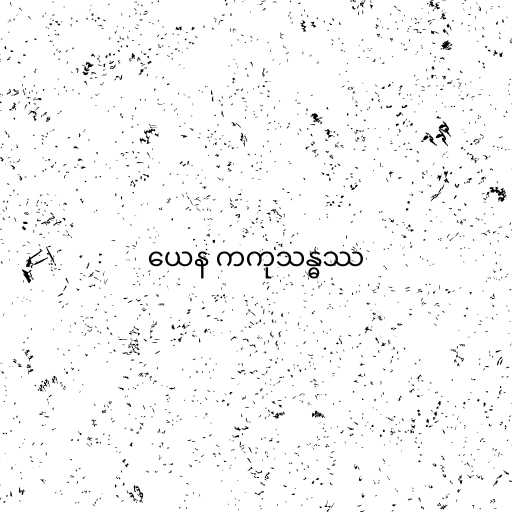
ယေန ကကုသန္ဓဿ